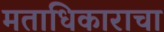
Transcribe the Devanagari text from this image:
मताधिकाराचा